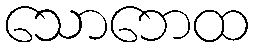
သောဘေထ